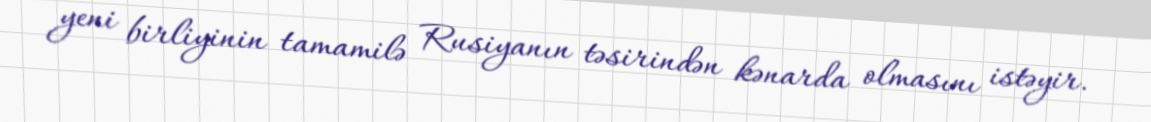
yeni birliyinin tamamilə Rusiyanın təsirindən kənarda olmasını istəyir.